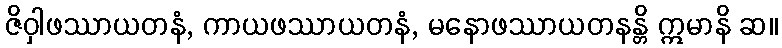
ဇိဝှါဖဿာယတနံ, ကာယဖဿာယတနံ, မနောဖဿာယတနန္တိ ဣမာနိ ဆ။